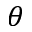
\theta